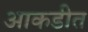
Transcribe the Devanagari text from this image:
आकडीत